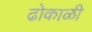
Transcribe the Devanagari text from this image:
ढोकाळी